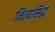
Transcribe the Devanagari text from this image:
नित्यसिद्ध